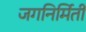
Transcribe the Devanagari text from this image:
जगनिर्मिती